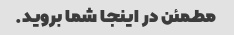
مطمئن در اینجا شما بروید.